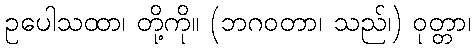
ဥပေါသထာ၊ တို့ကို။ (ဘဂဝတာ၊ သည်၊) ဝုတ္တာ၊